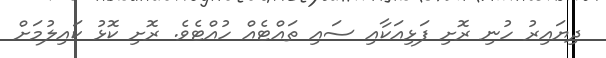
ދިޔައިރު ހުނި ރޮށި ފަޅިއަކާއި ސައި ތައްޓެއް ހުއްޓެވެ. ރޮށި ކޮޅު ކައިލުމަށް